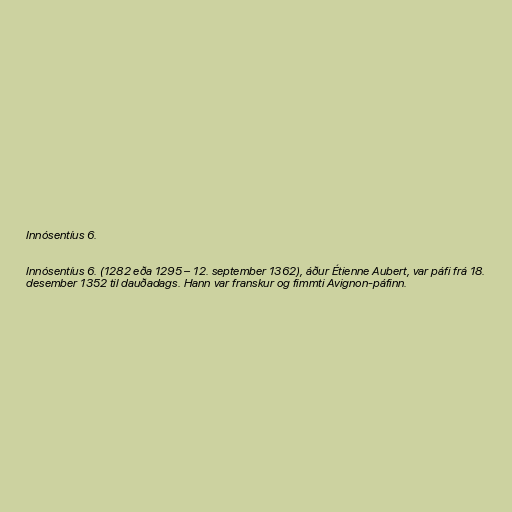
Innósentíus 6.

Innósentíus 6. (1282 eða 1295 – 12. september 1362), áður Étienne Aubert, var páfi frá 18.
desember 1352 til dauðadags. Hann var franskur og fimmti Avignon-páfinn.